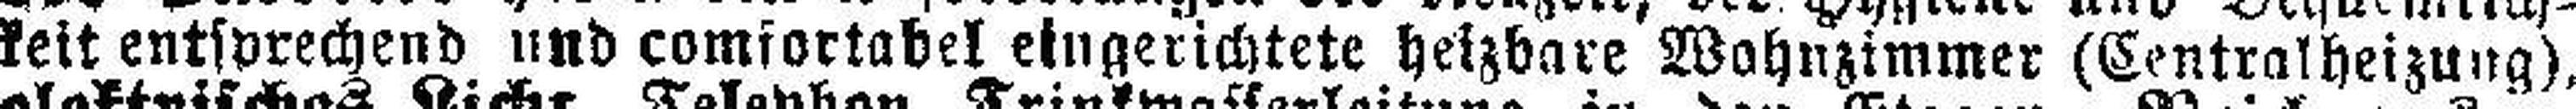
keit entsprechend und comfortabel eingerichtete heizbare Wohnzimmer (Centralheizung),